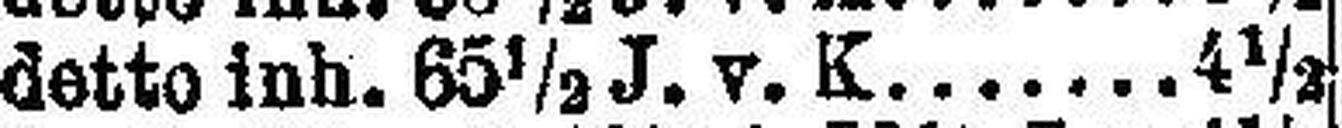
detto inh. 65 ½ J. v. K. 4½